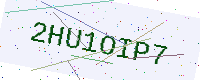
Text: 2HU1OIP7